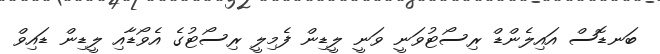
ބަނޑޮސް އައިލެންޑް ރިސޯޓުވަނީ ވަނީ ލީޑިން ފެމިލީ ރިސޯޓުގެ އެވޯޑާއި ލީޑިން ޑައިވް